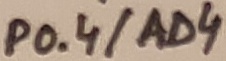
Text: P0.4/AD4